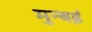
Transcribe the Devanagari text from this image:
मुन्बई